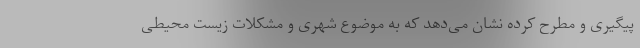
پیگیری و مطرح کرده نشان می‌دهد که به موضوع شهری و مشکلات زیست محیطی